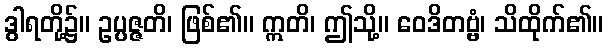
ဒွါရတို့၌။ ဥပ္ပဇ္ဇတိ၊ ဖြစ်၏။ ဣတိ၊ ဤသို့။ ဝေဒိတဗ္ဗံ၊ သိထိုက်၏။